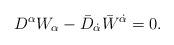
LaTeX: \begin{align*}D^{\alpha}W_{\alpha}-\bar{D}_{\dot\alpha}\bar{W}^{\dot\alpha}=0.\end{align*}